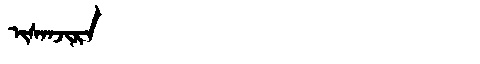
Manchu: ᡳᠰᠠᠨᠵᡳᡵᠠ
Romanization: ISANJIRA